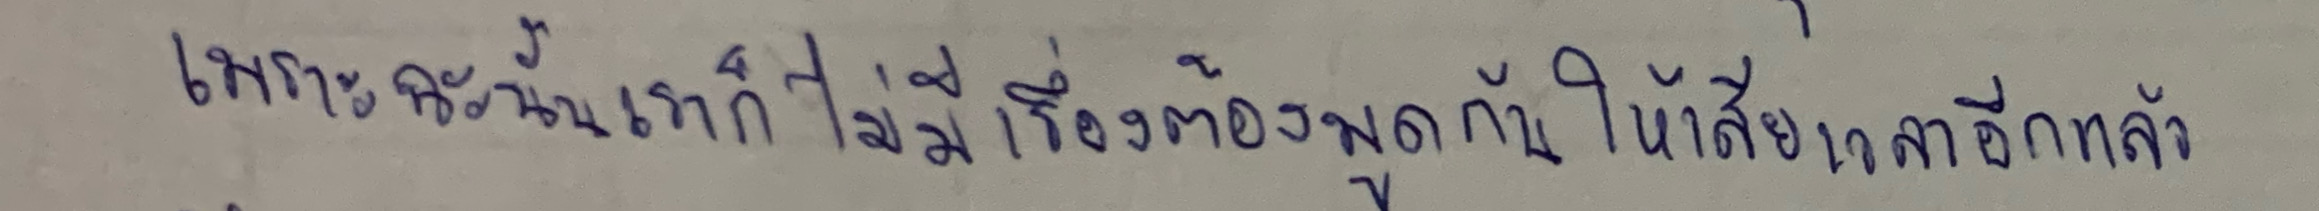
"เพราะฉะนั้นเราก็ไม่มีเรื่องต้องพูดกันให้เสียเวลาอีกแล้ว